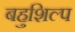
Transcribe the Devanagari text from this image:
बहुशिल्प